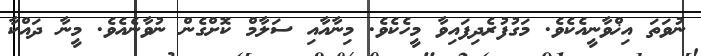
ނުވަތަ އިޚްވާނީއެކެވެ. މަގުފުރެދިފައިވާ މީހެކެވެ. މިނާއާއި ސަލާމް ކޮށްގެން ނުވާނެއެވެ. މީނާ ދައްކާ